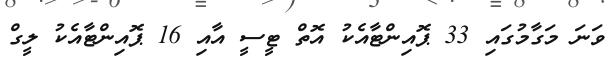
ވަނަ މަގާމުގައި 33 ޕޮއިންޓާއެކު އޮތް ޓީސީ އާއި 16 ޕޮއިންޓާއެކު ލީގް